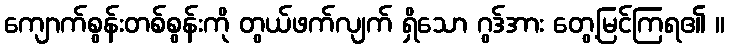
ကျောက်စွန်းတစ်စွန်းကို တွယ်ဖက်လျက် ရှိသော ဂွဒ်အား တွေ့မြင်ကြရ၏ ။